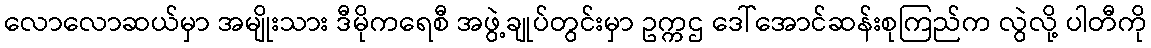
လောလောဆယ်မှာ အမျိုးသား ဒီမိုကရေစီ အဖွဲ့ချုပ်တွင်းမှာ ဥက္ကဌ ဒေါ်အောင်ဆန်းစုကြည်က လွဲလို့ ပါတီကို